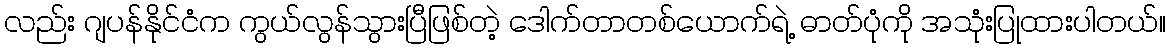
လည်း ဂျပန်နိုင်ငံက ကွယ်လွန်သွားပြီဖြစ်တဲ့ ဒေါက်တာတစ်ယောက်ရဲ့ ဓာတ်ပုံကို အသုံးပြုထားပါတယ်။